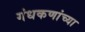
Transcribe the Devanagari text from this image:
गंधकणांच्या